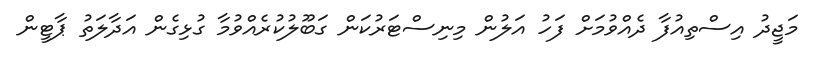
މަޖީދު އިސްތިއުފާ ދެއްވުމަށް ފަހު އަލުން މިނިސްޓަރުކަން ގަބޫލުކުރެއްވުމާ ގުޅިގެން އަދާލަތު ޕާޓީން